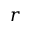
\ensuremath { \boldsymbol { r } }